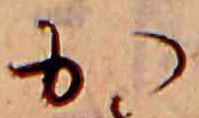
か